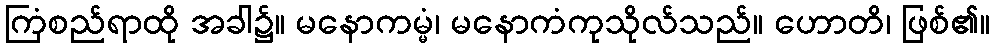
ကြံစည်ရာထို အခါ၌။ မနောကမ္မံ၊ မနောကံကုသိုလ်သည်။ ဟောတိ၊ ဖြစ်၏။